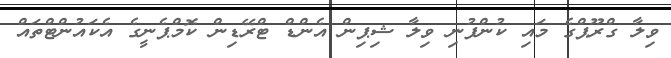
ވިލާ ގްރޫޕްގެ މައި ކުންފުނި ވިލާ ޝިޕިން އެންޑް ޓްރޭޑިން ކޮމްޕެނީގެ އެކައުންޓްތައް